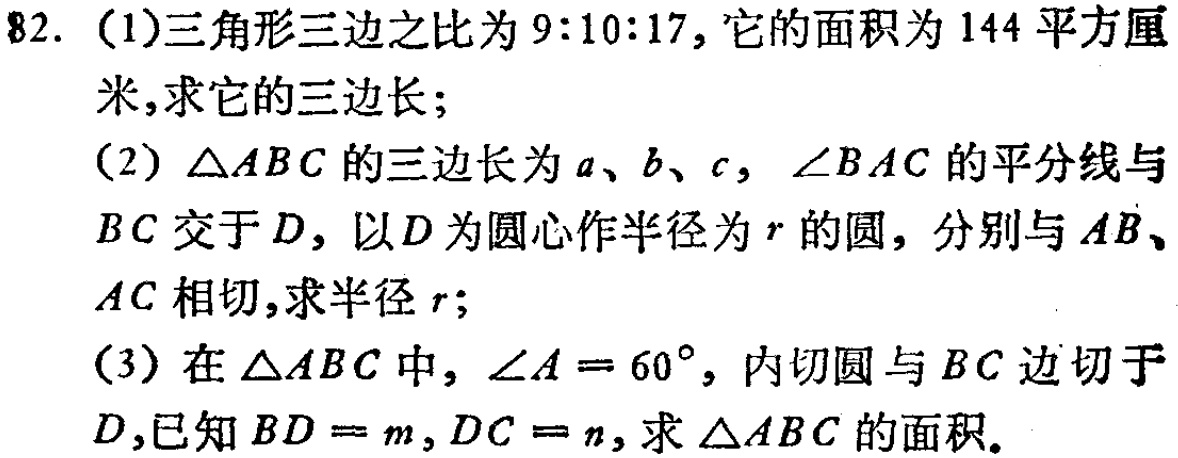
82. (1)三角形三边之比为 \(9:10:17\)，它的面积为 \(144\) 平方厘米，求它的三边长；
(2) \(\triangle ABC\) 的三边长为 \(a\)、\(b\)、\(c\)，\(\angle BAC\) 的平分线与 \(BC\) 交于 \(D\)，以 \(D\) 为圆心作半径为 \(r\) 的圆，分别与 \(AB\)、\(AC\) 相切，求半径 \(r\)；
(3) 在 \(\triangle ABC\) 中，\(\angle A = 60^{\circ}\)，内切圆与 \(BC\) 边切于 \(D\)，已知 \(BD = m\)，\(DC = n\)，求 \(\triangle ABC\) 的面积。